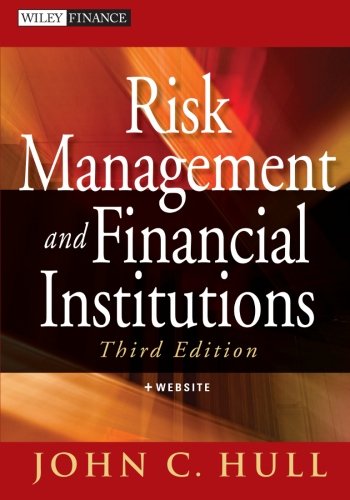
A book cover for Risk Management and Financial Institutions, + Web Site; John C. Hull; Business & Money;